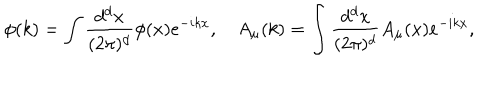
LaTeX: \phi ( k ) = \int \frac { d ^ { d } x } { ( 2 \pi ) ^ { d } } \phi ( x ) e ^ { - i k x } , \quad A _ { \mu } ( k ) = \int \frac { d ^ { d } x } { ( 2 \pi ) ^ { d } } A _ { \mu } ( x ) e ^ { - i k x } ,